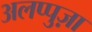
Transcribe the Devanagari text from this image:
अलप्पुज़ा